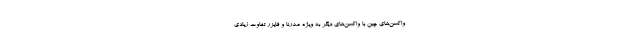
واکسن‌های چین با واکسن‌های دیگر به ویژه مدرنا و فایزر تفاوت زیادی